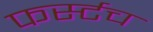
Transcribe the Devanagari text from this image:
फर्स्टच